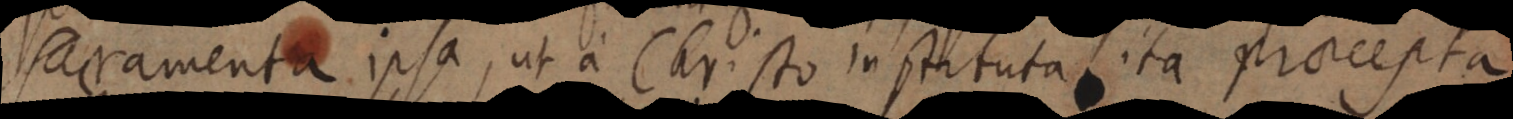
sacramenta ipsa, ut a Christo instituta, ita praecepta,